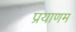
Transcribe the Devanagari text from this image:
प्रयाणम